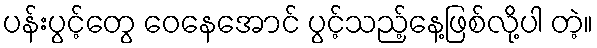
ပန်းပွင့်တွေ ဝေနေအောင် ပွင့်သည့်နေ့ဖြစ်လို့ပါ တဲ့။